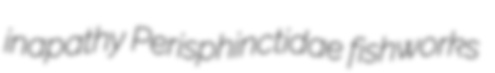
inapathy Perisphinctidae fishworks